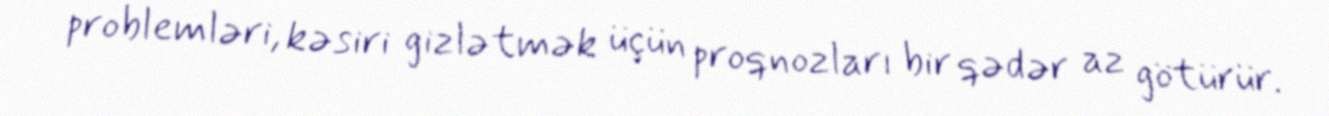
problemləri, kəsiri gizlətmək üçün proqnozları bir qədər az götürür.